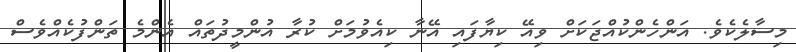
މިސާލެކެވެ. އަންހެންކުއްޖަކަށް ވިއޭ ކިޔާފައި އޭނާ ކިއެވުމަށް ކުރާ އުންމީދުތައް އެންމެ ތަންފުކެއްވެސް